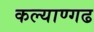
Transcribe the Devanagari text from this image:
कल्याण्गढ